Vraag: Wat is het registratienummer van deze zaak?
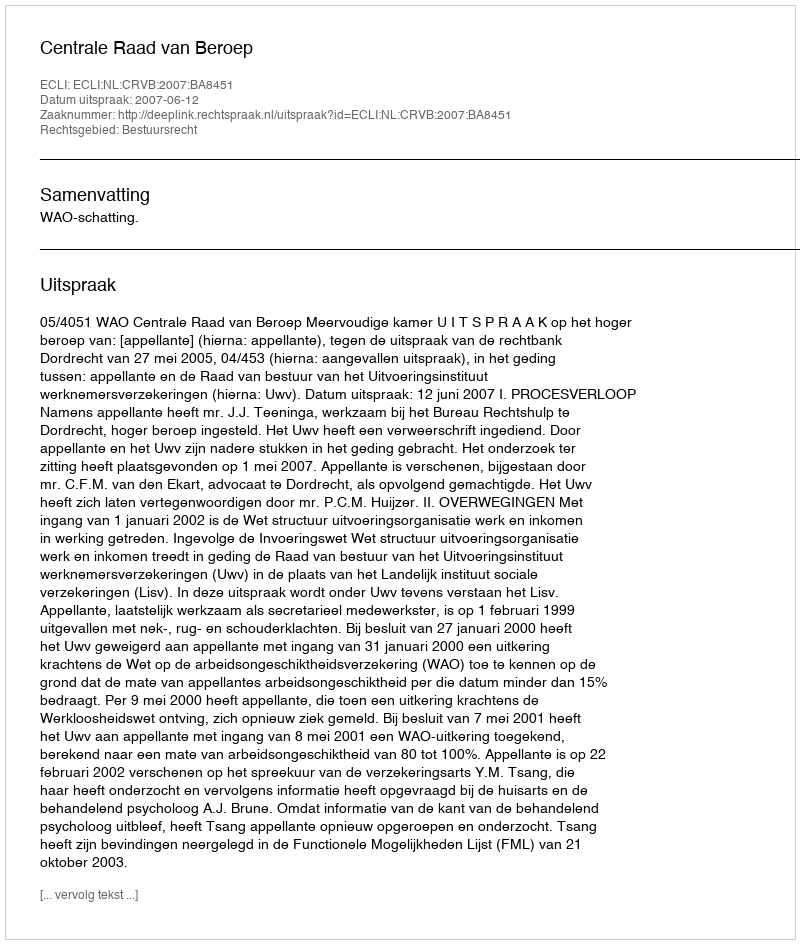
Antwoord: http://deeplink.rechtspraak.nl/uitspraak?id=ECLI:NL:CRVB:2007:BA8451